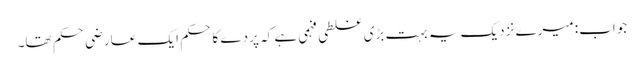
جواب: میرے نزدیک یہ بہت بڑی غلطی فہمی ہے کہ پردے کا حکم ایک عارضی حکم تھا۔